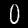
Label: 0